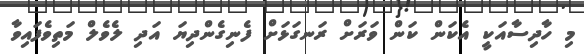
މި ހާދިސާއަކީ އެކަން ކަން ވަރަށް ރަނގަޅަށް ފެނިގެންދިޔަ އަދި ލެވެލް މަތިވެފައިވާ